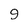
Character: 9